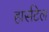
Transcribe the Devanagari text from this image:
हार्सटेल